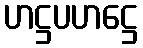
ဟဋ္ဌပဟဋ္ဌေ